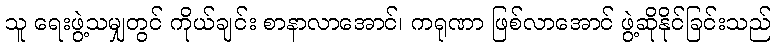
သူ ရေးဖွဲ့သမျှတွင် ကိုယ်ချင်း စာနာလာအောင်၊ ကရုဏာ ဖြစ်လာအောင် ဖွဲ့ဆိုနိုင်ခြင်းသည်